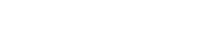
ထွက်လာတတ်ပါတယ်။